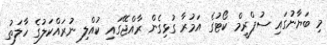
މި ބަޔާނުގައި ސުޕްރީމް ކޯޓުގެ އަމުރާ ގުޅިގެން ރާއްޖޭގައި ކުއްލި ނުރައްކަލުގެ ހާލަތު